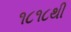
૧૮૧૮થી